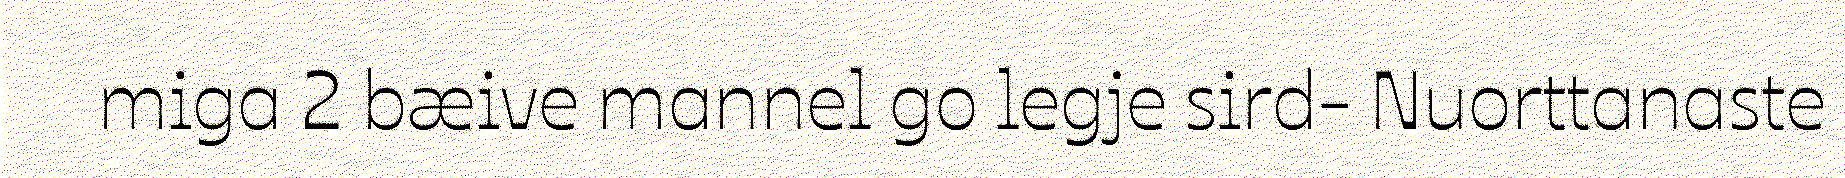
miga 2 bæive mannel go legje sird- Nuorttanaste